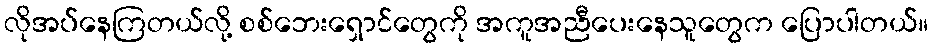
လိုအပ်နေကြတယ်လို့ စစ်ဘေးရှောင်တွေကို အကူအညီပေးနေသူတွေက ပြောပါတယ်။